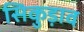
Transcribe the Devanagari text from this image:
सिकुड़ाव